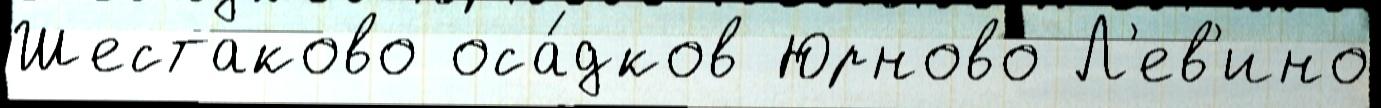
Шестаково оса́дков Юрново Л'ев'ино